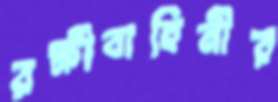
রক্ষীবাহিনীর